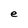
Character: e